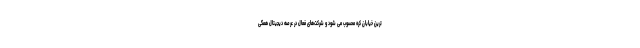
ترین خیابان کره محسوب می شود و شرکت­های فعال در عرصه دیجیتال همگی